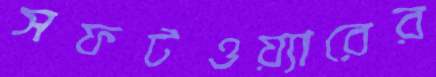
সফটওয়্যারের